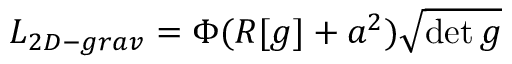
{ \cal L } _ { 2 D - g r a v } = \Phi ( R [ g ] + a ^ { 2 } ) \sqrt { \operatorname * { d e t } g }